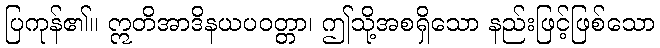
ပြကုန်၏။ ဣတိအာဒိနယပဝတ္တာ၊ ဤသို့အစရှိသော နည်းဖြင့်ဖြစ်သော